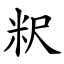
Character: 粎